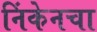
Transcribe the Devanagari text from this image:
निंकेनचा